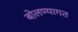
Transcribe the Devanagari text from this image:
बोलण्यागत